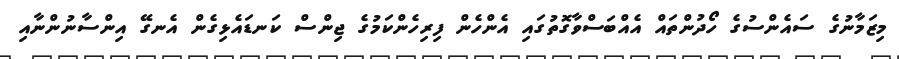
މިޒަމާނުގެ ސައެންސުގެ ހޯދުންތައް އެއްބަސްވާގޮތުގައި އެންހެން ފިރިހެންކަމުގެ ޖިންސް ކަނޑައެޅިގެން އެނގޭ އިންސާނުންނާއި